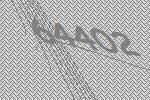
64402